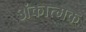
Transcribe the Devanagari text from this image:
अंकात्मक